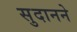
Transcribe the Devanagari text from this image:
सुदानने